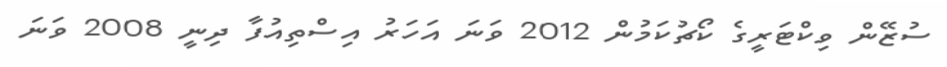
ސުޒޭން ވިކްޓަރީގެ ކޯޗުކަމުން 2012 ވަނަ އަހަރު އިސްތިއުފާ ދިނީ 2008 ވަނަ